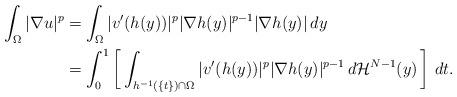
LaTeX: \begin{align*}\int_{\Omega} |\nabla u |^p &= \int_{\Omega} |v'(h(y))|^p |\nabla h (y)|^{p-1} |\nabla h (y)| \,dy\\&=\int_0^1 \left[ \, \int_{h^{-1}(\{ t\} ) \cap \Omega} |v'(h(y))|^p |\nabla h (y)|^{p-1} \,d \mathcal{H}^{N-1}(y) \,\right] \,dt.\end{align*}